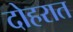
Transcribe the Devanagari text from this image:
दोहरात